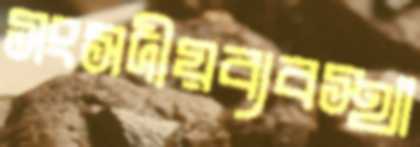
সংসদীয়ব্যবস্থা